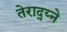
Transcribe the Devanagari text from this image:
तेराद्य्ने